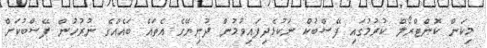
މިކަން ކޮންޓްރޯލް ކުރުމުގައި ފޭސްބުކް ނުކުޅެދިފައިވުމުން ދުނިޔޭގެ އެތައް ބައެއްގެ ނުރުހުން ފޭސްބުކަށް